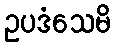
ဥပဒံသေမိ